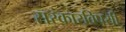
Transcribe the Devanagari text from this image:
सरकारविषयी